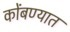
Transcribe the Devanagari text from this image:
कोंबण्यात